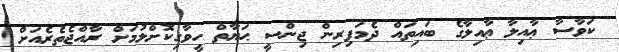
ކަވާސާ ޢާއިލާ ޢާއިލާގެ ބައިތައް ދެމަފިރިން ޖިންސީ ޙަޔާތް ހީވާގިކޮށްލުމަށް ރާއްޖެތެރެއަށް